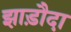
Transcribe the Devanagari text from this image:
झाड़ौदा